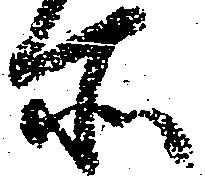
所